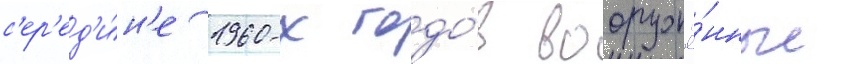
с'ер'ед'и́н'е 1960-х годо́в вооружё́нные